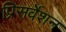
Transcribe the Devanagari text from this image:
प्रिसर्वेशन